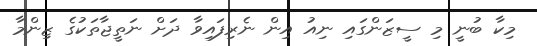
މިކާ ބުނީ މި ސީޒަންގައި ނިއު އިން ނެރިފައިވާ ދަށް ނަތީޖާތަކުގެ ޒިންމާ